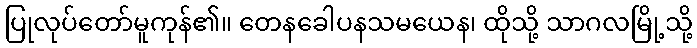
ပြုလုပ်တော်မူကုန်၏။ တေနခေါပနသမယေန၊ ထိုသို့ သာဂလမြို့သို့